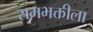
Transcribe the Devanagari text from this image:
रामभक्तीला